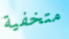
متخفية